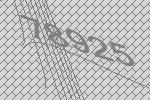
78925